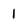
Character: 1